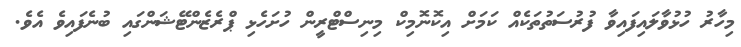
މިހާރު ހުޅުވާލައިފައިވާ ފުރުސަތުތަކެއް ކަމަށް އިކޮނޮމިކް މިނިސްޓްރީން ހުށަހެޅި ޕްރެޒެންޓޭޝަންގައި ބުނެފައިވެ އެވެ.